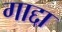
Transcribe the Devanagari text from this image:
गाद्दा